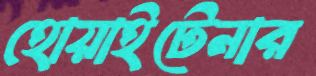
হোয়াইটেনার